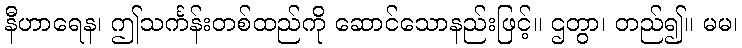
နီဟာရေန၊ ဤသင်္ကန်းတစ်ထည်ကို ဆောင်သောနည်းဖြင့်။ ဌတွာ၊ တည်၍။ မမ၊